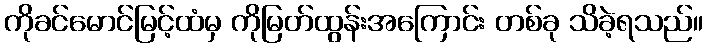
ကိုခင်မောင်မြင့်ထံမှ ကိုမြတ်ထွန်းအကြောင်း တစ်ခု သိခဲ့ရသည်။